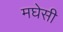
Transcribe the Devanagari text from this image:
मघेसी